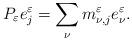
LaTeX: \begin{align*}P_\varepsilon e_j^\varepsilon =\sum_\nu m_{\nu ,j}^\varepsilon e_\nu ^\varepsilon .\end{align*}